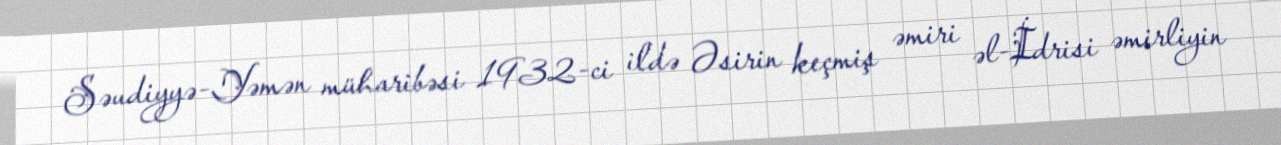
Səudiyyə-Yəmən müharibəsi 1932-ci ildə Əsirin keçmiş əmiri əl-İdrisi əmirliyin